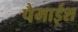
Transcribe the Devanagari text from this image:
पैमाईश